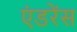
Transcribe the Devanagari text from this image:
एंडरेंस